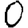
Digit: 0